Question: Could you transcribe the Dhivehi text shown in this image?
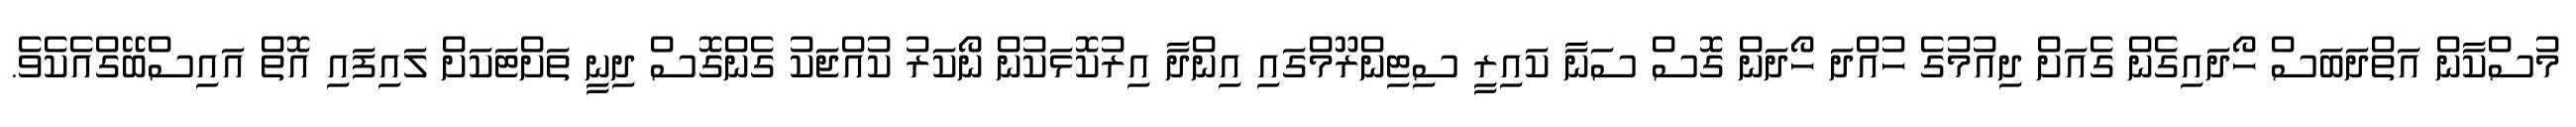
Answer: މުސްކާން އަތްދަބަސް ހޯދައިގެން ގެއަށް ދިއުމުގެ ހުއްދަ ހޯދަން ގޮސް ސަނާ ކައިރީ ސިޓިންރޫމްގައި އިންދާ އިރުކޮޅަކުން ނޯކަރު ކުއްޖަކު ގެންގޮސް ދިނީ ތަށްޓަކަށް ލައިފައި އޮތް އައިސްބޭގްއެކެވެ.